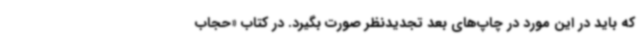
که باید در این مورد در چاپ‌های بعد تجدیدنظر صورت بگیرد. در کتاب «حجاب